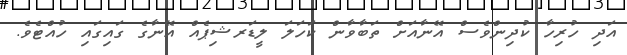
އަދި ހުރިހާ ކުދިންވެސް އޭނާއަށް ތަބާވާން ކަހަލަ ލީޑަރޝިޕެއް އޭނާގެ ގައިގައި ހުއްޓެވެ.